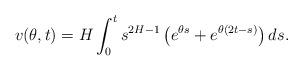
LaTeX: \begin{align*}v(\theta,t)=H\int_0^ts^{2H-1}\left(e^{\theta s}+e^{\theta(2t-s)}\right)ds.\end{align*}